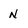
Character: N